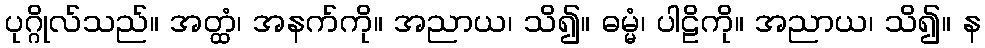
ပုဂ္ဂိုလ်သည်။ အတ္ထံ၊ အနက်ကို။ အညာယ၊ သိ၍။ ဓမ္မံ၊ ပါဠိကို။ အညာယ၊ သိ၍။ န